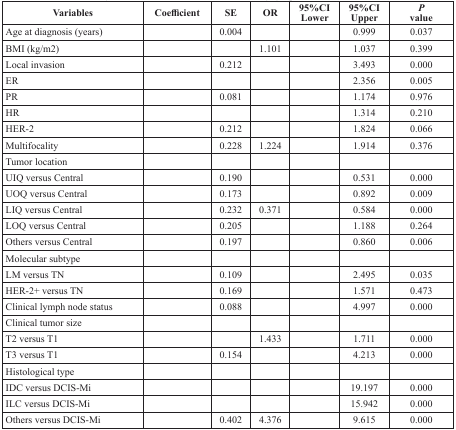
<table><thead><tr><td><b>Variables</b></td><td><b>Coefficient</b></td><td><b>SE</b></td><td><b>OR</b></td><td><b>95%CILower</b></td><td><b>95%CIUpper</b></td><td><b><i>P</i>value</b></td></tr></thead><tbody><tr><td>Age at diagnosis (years)</td><td>[EMPTY_CELL]</td><td>0.004</td><td>[EMPTY_CELL]</td><td>[EMPTY_CELL]</td><td>0.999</td><td>0.037</td></tr><tr><td>BMI (kg/m2)</td><td>[EMPTY_CELL]</td><td>[EMPTY_CELL]</td><td>1.101</td><td>[EMPTY_CELL]</td><td>1.037</td><td>0.399</td></tr><tr><td>Local invasion</td><td>[EMPTY_CELL]</td><td>0.212</td><td>[EMPTY_CELL]</td><td>[EMPTY_CELL]</td><td>3.493</td><td>0.000</td></tr><tr><td>ER</td><td>[EMPTY_CELL]</td><td>[EMPTY_CELL]</td><td>[EMPTY_CELL]</td><td>[EMPTY_CELL]</td><td>2.356</td><td>0.005</td></tr><tr><td>PR</td><td>[EMPTY_CELL]</td><td>0.081</td><td>[EMPTY_CELL]</td><td>[EMPTY_CELL]</td><td>1.174</td><td>0.976</td></tr><tr><td>HR</td><td>[EMPTY_CELL]</td><td>[EMPTY_CELL]</td><td>[EMPTY_CELL]</td><td>[EMPTY_CELL]</td><td>1.314</td><td>0.210</td></tr><tr><td>HER-2</td><td>[EMPTY_CELL]</td><td>0.212</td><td>[EMPTY_CELL]</td><td>[EMPTY_CELL]</td><td>1.824</td><td>0.066</td></tr><tr><td>Multifocality</td><td>[EMPTY_CELL]</td><td>0.228</td><td>1.224</td><td>[EMPTY_CELL]</td><td>1.914</td><td>0.376</td></tr><tr><td>Tumor location</td><td>[EMPTY_CELL]</td><td>[EMPTY_CELL]</td><td>[EMPTY_CELL]</td><td>[EMPTY_CELL]</td><td>[EMPTY_CELL]</td><td>[EMPTY_CELL]</td></tr><tr><td>UIQ versus Central</td><td>[EMPTY_CELL]</td><td>0.190</td><td>[EMPTY_CELL]</td><td>[EMPTY_CELL]</td><td>0.531</td><td>0.000</td></tr><tr><td>UOQ versus Central</td><td>[EMPTY_CELL]</td><td>0.173</td><td>[EMPTY_CELL]</td><td>[EMPTY_CELL]</td><td>0.892</td><td>0.009</td></tr><tr><td>LIQ versus Central</td><td>[EMPTY_CELL]</td><td>0.232</td><td>0.371</td><td>[EMPTY_CELL]</td><td>0.584</td><td>0.000</td></tr><tr><td>LOQ versus Central</td><td>[EMPTY_CELL]</td><td>0.205</td><td>[EMPTY_CELL]</td><td>[EMPTY_CELL]</td><td>1.188</td><td>0.264</td></tr><tr><td>Others versus Central</td><td>[EMPTY_CELL]</td><td>0.197</td><td>[EMPTY_CELL]</td><td>[EMPTY_CELL]</td><td>0.860</td><td>0.006</td></tr><tr><td>Molecular subtype</td><td>[EMPTY_CELL]</td><td>[EMPTY_CELL]</td><td>[EMPTY_CELL]</td><td>[EMPTY_CELL]</td><td>[EMPTY_CELL]</td><td>[EMPTY_CELL]</td></tr><tr><td>LM versus TN</td><td>[EMPTY_CELL]</td><td>0.109</td><td>[EMPTY_CELL]</td><td>[EMPTY_CELL]</td><td>2.495</td><td>0.035</td></tr><tr><td>HER-2+ versus TN</td><td>[EMPTY_CELL]</td><td>0.169</td><td>[EMPTY_CELL]</td><td>[EMPTY_CELL]</td><td>1.571</td><td>0.473</td></tr><tr><td>Clinical lymph node status</td><td>[EMPTY_CELL]</td><td>0.088</td><td>[EMPTY_CELL]</td><td>[EMPTY_CELL]</td><td>4.997</td><td>0.000</td></tr><tr><td>Clinical tumor size</td><td>[EMPTY_CELL]</td><td>[EMPTY_CELL]</td><td>[EMPTY_CELL]</td><td>[EMPTY_CELL]</td><td>[EMPTY_CELL]</td><td>[EMPTY_CELL]</td></tr><tr><td>T2 versus T1</td><td>[EMPTY_CELL]</td><td>[EMPTY_CELL]</td><td>1.433</td><td>[EMPTY_CELL]</td><td>1.711</td><td>0.000</td></tr><tr><td>T3 versus T1</td><td>[EMPTY_CELL]</td><td>0.154</td><td>[EMPTY_CELL]</td><td>[EMPTY_CELL]</td><td>4.213</td><td>0.000</td></tr><tr><td>Histological type</td><td>[EMPTY_CELL]</td><td>[EMPTY_CELL]</td><td>[EMPTY_CELL]</td><td>[EMPTY_CELL]</td><td>[EMPTY_CELL]</td><td>[EMPTY_CELL]</td></tr><tr><td>IDC versus DCIS-Mi</td><td>[EMPTY_CELL]</td><td>[EMPTY_CELL]</td><td>[EMPTY_CELL]</td><td>[EMPTY_CELL]</td><td>19.197</td><td>0.000</td></tr><tr><td>ILC versus DCIS-Mi</td><td>[EMPTY_CELL]</td><td>[EMPTY_CELL]</td><td>[EMPTY_CELL]</td><td>[EMPTY_CELL]</td><td>15.942</td><td>0.000</td></tr><tr><td>Others versus DCIS-Mi</td><td>[EMPTY_CELL]</td><td>0.402</td><td>4.376</td><td>[EMPTY_CELL]</td><td>9.615</td><td>0.000</td></tr></tbody></table>